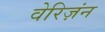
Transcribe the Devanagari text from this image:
वेरिज़ंन